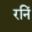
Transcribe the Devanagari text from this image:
रनिं